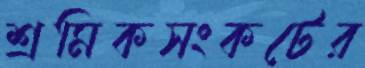
শ্রমিকসংকটের